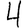
Digit: 4